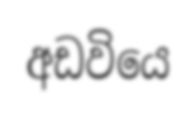
අඩවියෙ